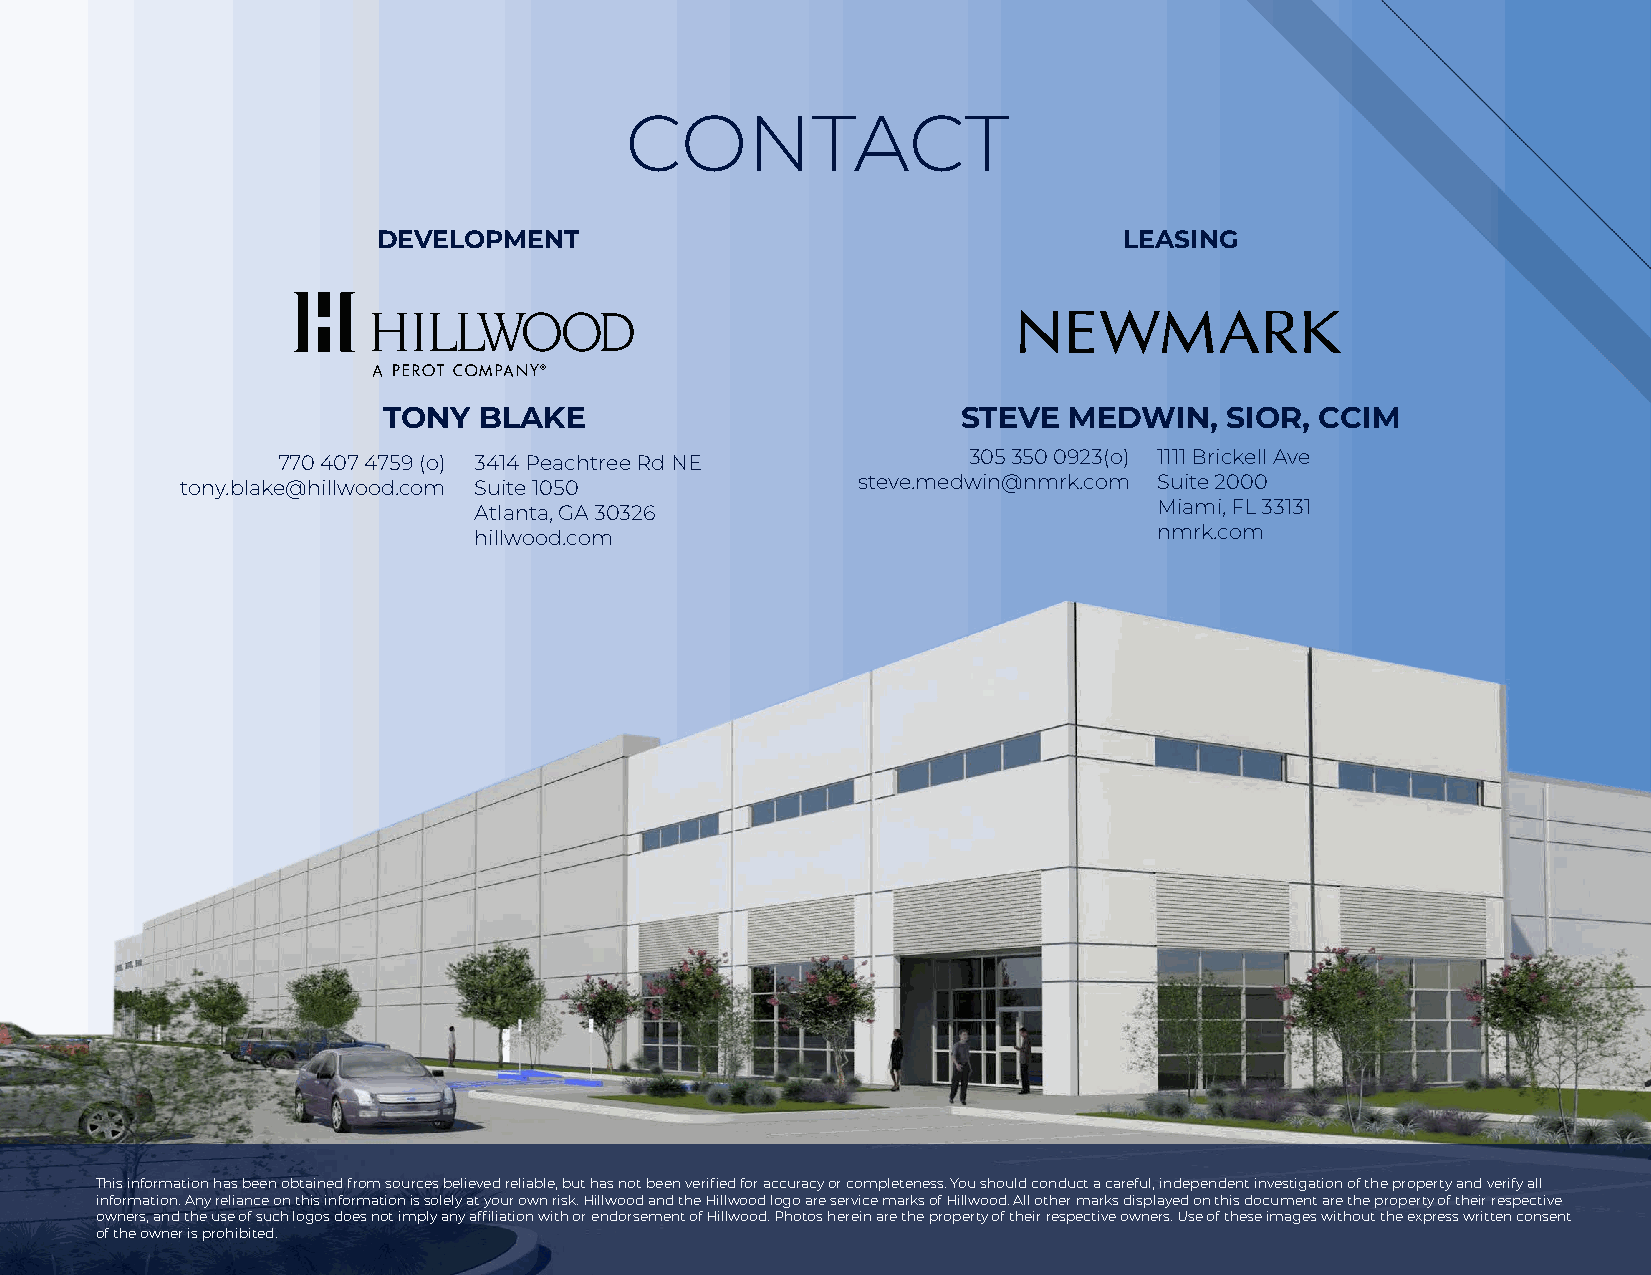
CONTACT
 DEVELOPMENT                                      LEASING
 TONY   BLAKE                           STEVE  MEDWIN,   SIOR, CCIM
 305 350 0923(o) 1111 Brickell Ave
 770 407 4759 (o) 3414 Peachtree Rd NE
 steve.medwin@nmrk.com Suite 2000
 tony.blake@hillwood.com Suite 1050
 Miami, FL 33131
 Atlanta, GA 30326
 nmrk.com
 hillwood.com
 This information has been obtained from sources believed reliable, but has not been verified for accuracy or completeness. You should conduct a careful, independent investigation of the property and verify all
 information. Any reliance on this information is solely at your own risk. Hillwood and the Hillwood logo are service marks of Hillwood. All other marks displayed on this document are the property of their respective
 owners, and the use of such logos does not imply any affiliation with or endorsement of Hillwood. Photos herein are the property of their respective owners. Use of these images without the express written consent
 of the owner is prohibited.